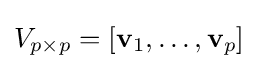
V_{p\times p}=[\mathbf {v} _{1},\ldots ,\mathbf {v} _{p}]